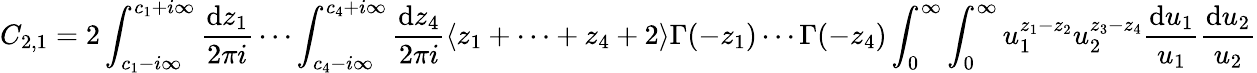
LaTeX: C_{2,1}=2\int_{c_{1}-i\infty}^{c_{1}+i\infty}\frac{\mathrm{d}z_{1}}{2\pi i}\cdots\int_{c_{4}-i\infty}^{c_{4}+i\infty}\frac{\mathrm{d}z_{4}}{2\pi i}\langle z_{1}+\cdots+z_{4}+2\rangle\Gamma(-z_{1})\cdots\Gamma(-z_{4})\int_{0}^{\infty}\int_{0}^{\infty}u_{1}^{z_{1}-z_{2}}u_{2}^{z_{3}-z_{4}}\frac{\mathrm{d}u_{1}}{u_{1}}\frac{\mathrm{d}u_{2}}{u_{2}}